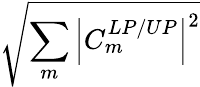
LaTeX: \sqrt{\sum_{m}\left|C_{m}^{LP/UP}\right|^{2}}